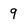
Character: 9